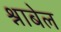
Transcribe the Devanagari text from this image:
श्नाबेल